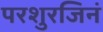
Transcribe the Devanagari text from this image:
परशुरजिनं